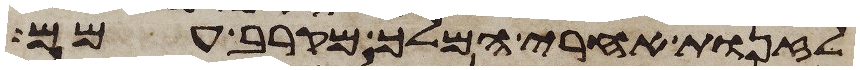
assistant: לזנות אחרי המלך מקרב עמם